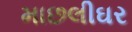
માછલીઘર